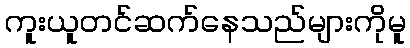
ကူးယူတင်ဆက်နေသည်များကိုမူ